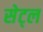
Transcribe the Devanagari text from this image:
सेट्ल